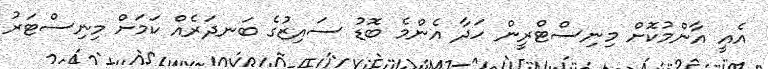
އެއީ އާންމުކޮށް މިނިސްޓްރީން ހަދާ އެންމެ ބޮޑު ސައިޒުގެ ބަނދަރެއް ކަމަށް މިނިސްޓަރު